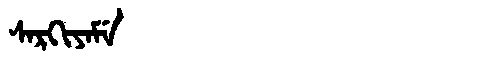
Manchu: ᠰᠠᡵᡴᡳᠶᠠᠮᡝ
Romanization: SARKIYAME